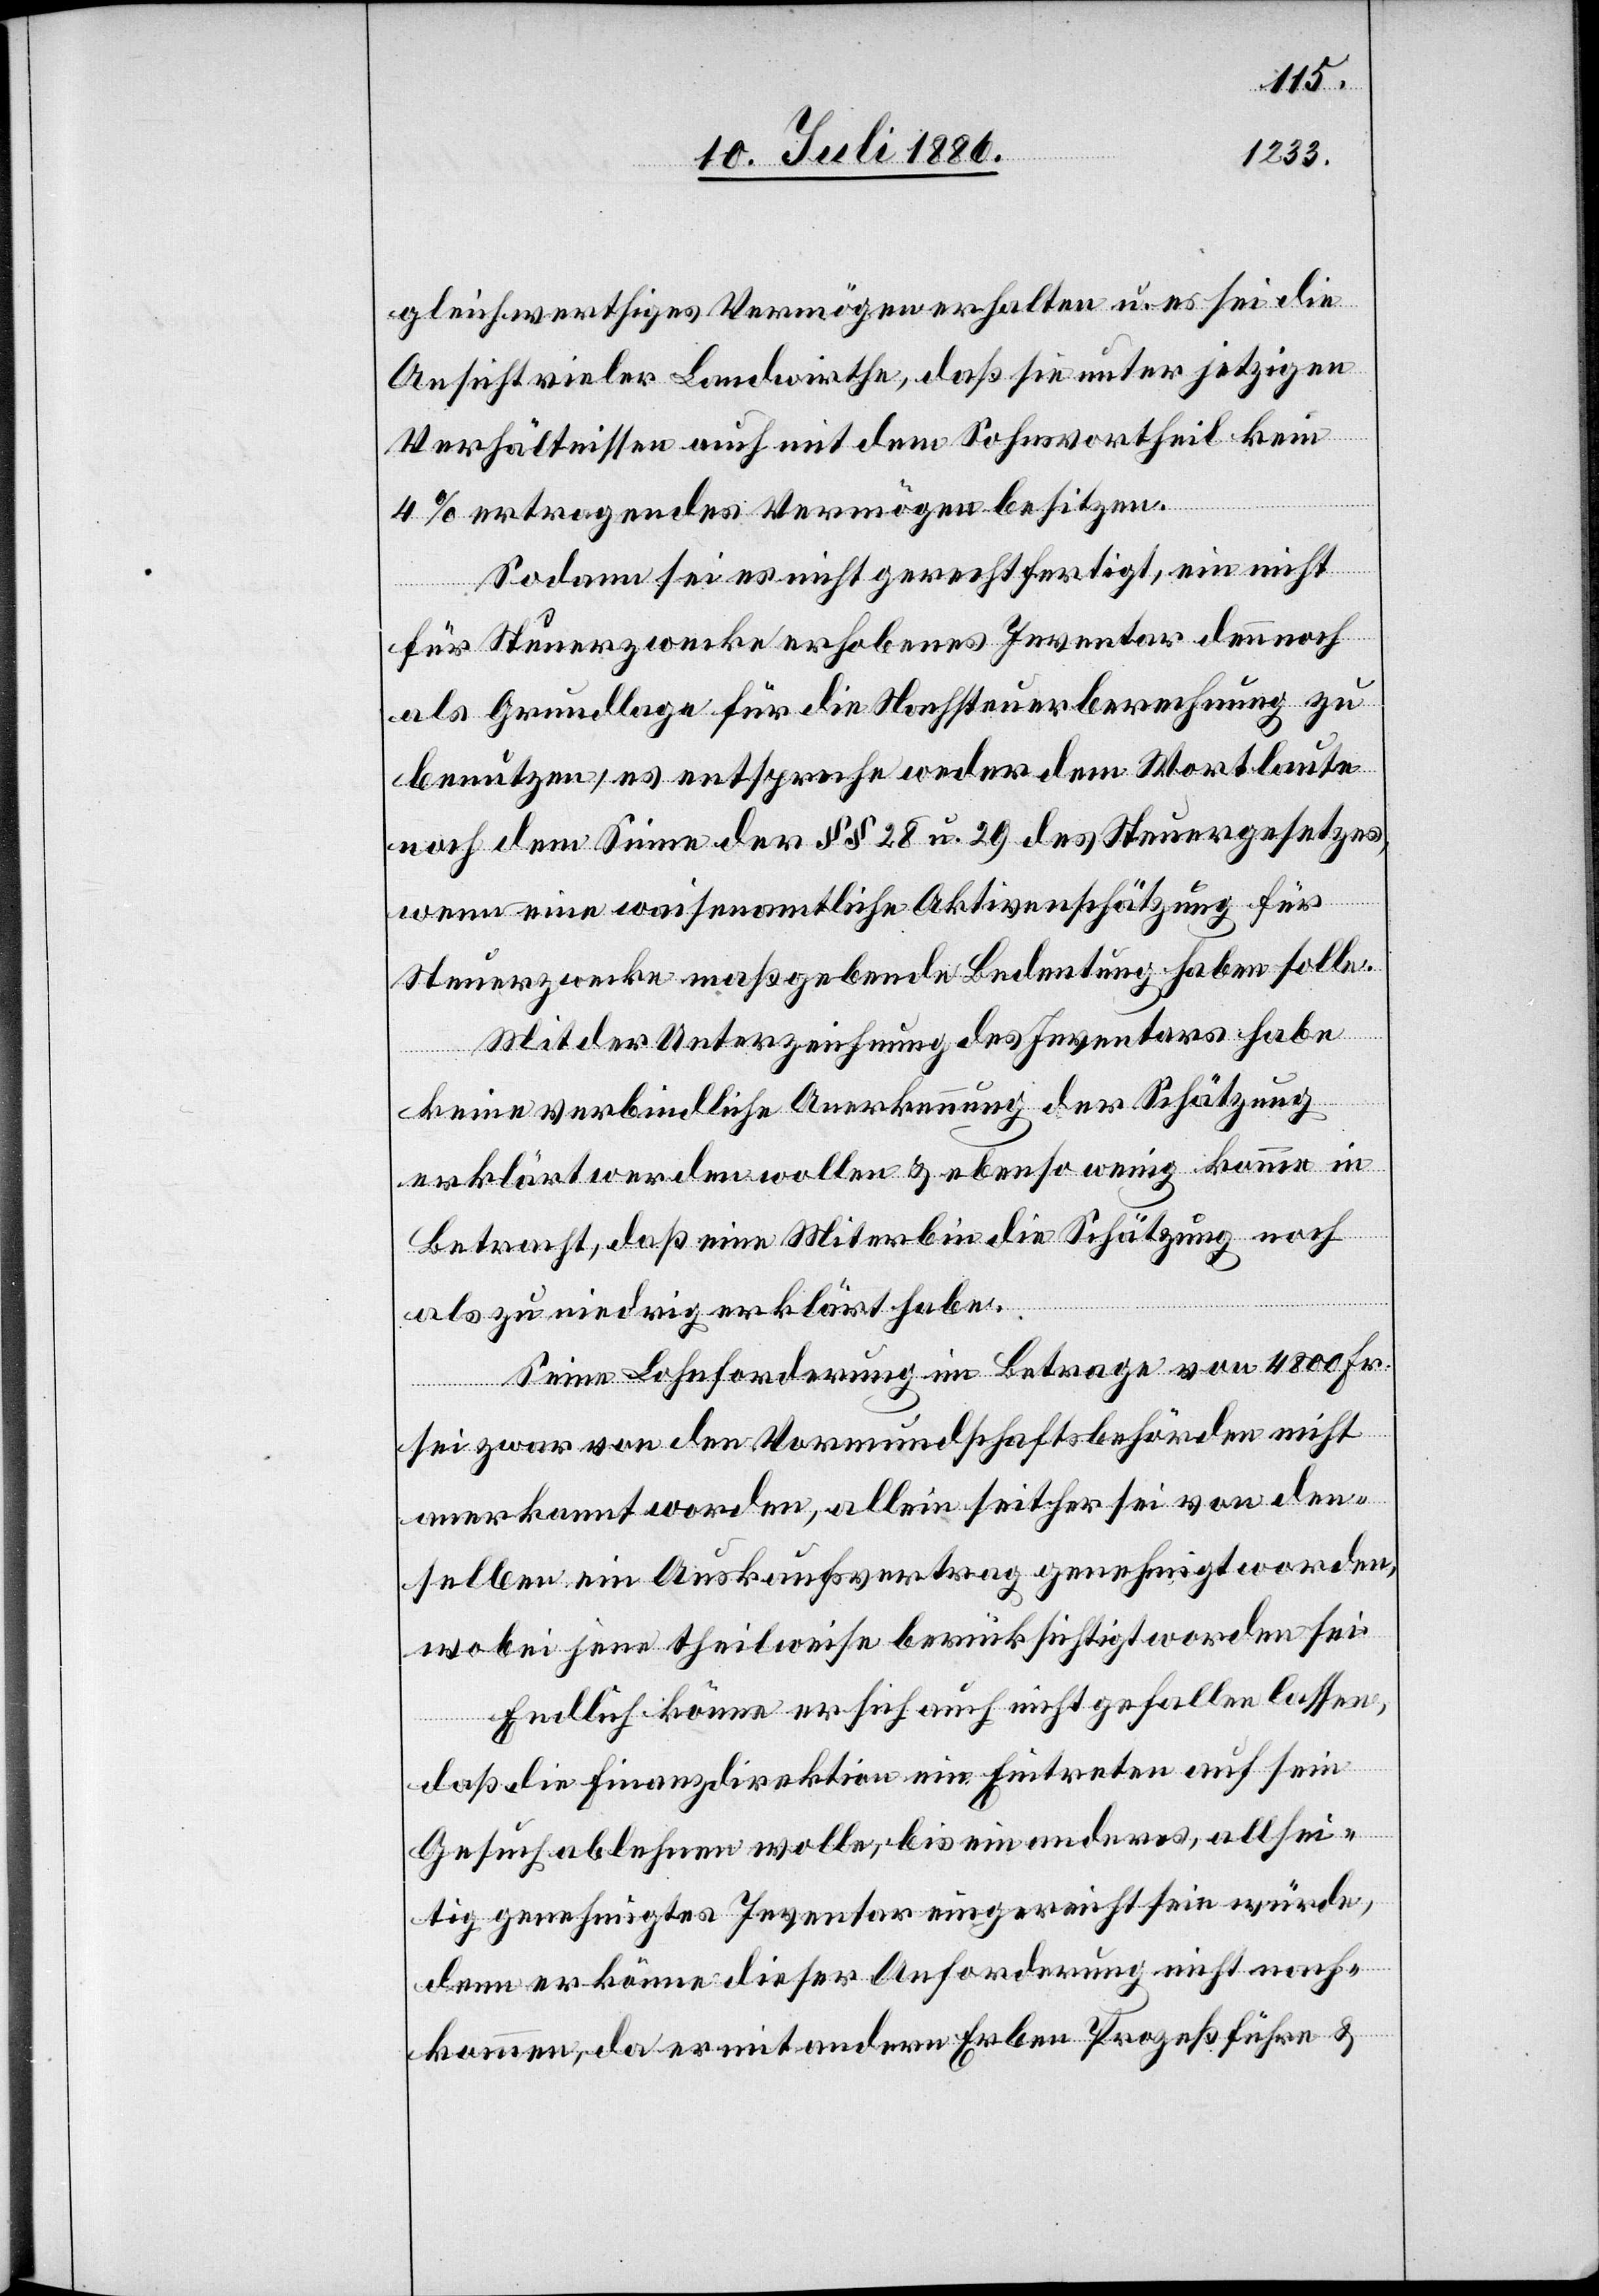
gleichwerthiges Vermögen erhalten u. es sei die
Ansicht vieler Landwirthe, daß sie unter jetzigen
Verhältnissen auch mit dem Sohnesvortheil kein
4% ertragendes Vermögen besitzen.
Sodann sei es nicht gerechtfertigt, ein nicht
für Steuerzwecke erhobenes Inventar dennoch
als Grundlage für die Nachsteuerberechnung zu
benutzen, es entspreche weder dem Wortlaute
noch dem Sinne der §§ 28 u. 29 des Steuergesetzes,
wenn eine waisenamtliche Aktivenschätzung für
Steuerzwecke maßgebende Bedeutung haben solle.
Mit der Unterzeichnung des Inventars habe
keine verbindliche Anerkennung der Schätzung
erklärt werden wollen & ebenso wenig komme in
Betracht, daß eine Miterbin die Schätzung a¬
ls zu niedrig erklärt habe.
Seine Lohnforderung im Betrage von 4800 Fr.
sei zwar von den Vormundschaftsbehörden nicht
anerkannt worden, allein seither sei von den¬
selben ein Auskaufsvertrag genehmigt worden,
wobei jene theilweise berücksichtigt worden sei.
Endlich könne er sich auch nicht gefallen lassen,
daß die Finanzdirektion ein Eintreten auf sein
Gesuch ablehnen wolle, bis ein anderes, allsei¬
tig genehmigtes Inventar eingereicht sein würde,
denn er könne dieser Anforderung nicht nach¬
kommen, da er mit andern Erben Prozeß führe &